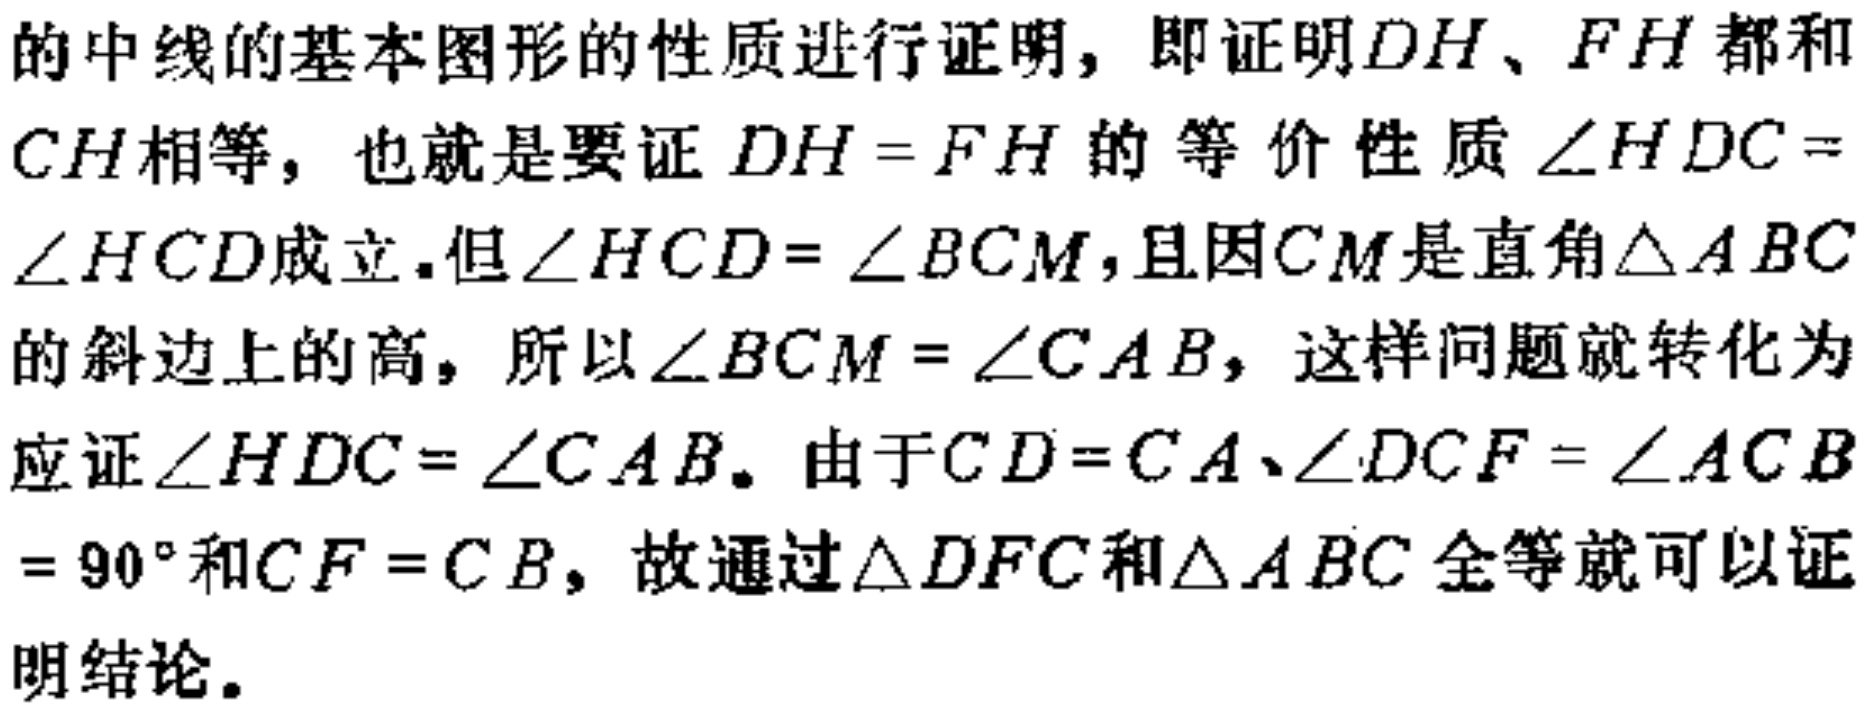
的中线的基本图形的性质进行证明，即证明\(DH\)、\(FH\)都和\(CH\)相等，也就是要证\(DH = FH\)的等价性质\(\angle HDC =\angle HCD\)成立.但\(\angle HCD= \angle BCM\)，且因\(CM\)是直角\(\triangle ABC\)的斜边上的高，所以\(\angle BCM = \angle CAB\)，这样问题就转化为应证\(\angle HDC= \angle CAB\)。由于\(CD = CA\)、\(\angle DCF = \angle ACB= 90^{\circ}\)和\(CF = CB\)，故通过\(\triangle DFC\)和\(\triangle ABC\)全等就可以证明结论。